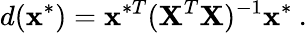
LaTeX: d(\textbf{x}^{*})=\textbf{x}^{*T}(\textbf{X}^{T}\textbf{X})^{-1}\textbf{x}^{*}\: .